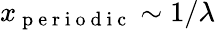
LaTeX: x_{\mathrm{~p~e~r~i~o~d~i~c~}}\sim 1/\lambda